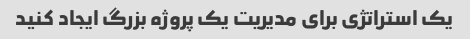
یک استراتژی برای مدیریت یک پروژه بزرگ ایجاد کنید